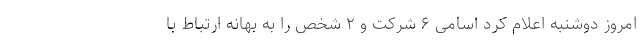
امروز دوشنبه اعلام کرد اسامی ۶ شرکت و ۲ شخص را به بهانه ارتباط با